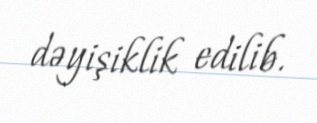
dəyişiklik edilib.